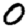
Digit: 0